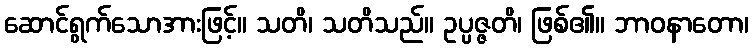
ဆောင်ရွက်သောအားဖြင့်။ သတိ၊ သတိသည်။ ဥပ္ပဇ္ဇတိ၊ ဖြစ်၏။ ဘာဝနာတော၊